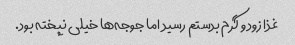
غذا زود و گرم بدستم رسید اما جوجه‌ها خیلی نپخته بود.